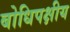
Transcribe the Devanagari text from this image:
बोधिपक्षीय